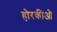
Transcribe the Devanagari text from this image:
होरकीओ